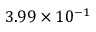
3 . 9 9 \times 1 0 ^ { - 1 }